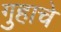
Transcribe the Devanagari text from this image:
गुहाचे